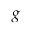
g